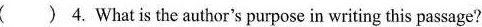
( ) 4.What is the author's purpose in writing this passage?